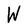
Character: W